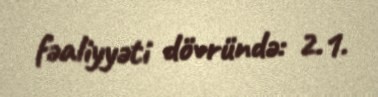
fəaliyyəti dövründə: 2.1.